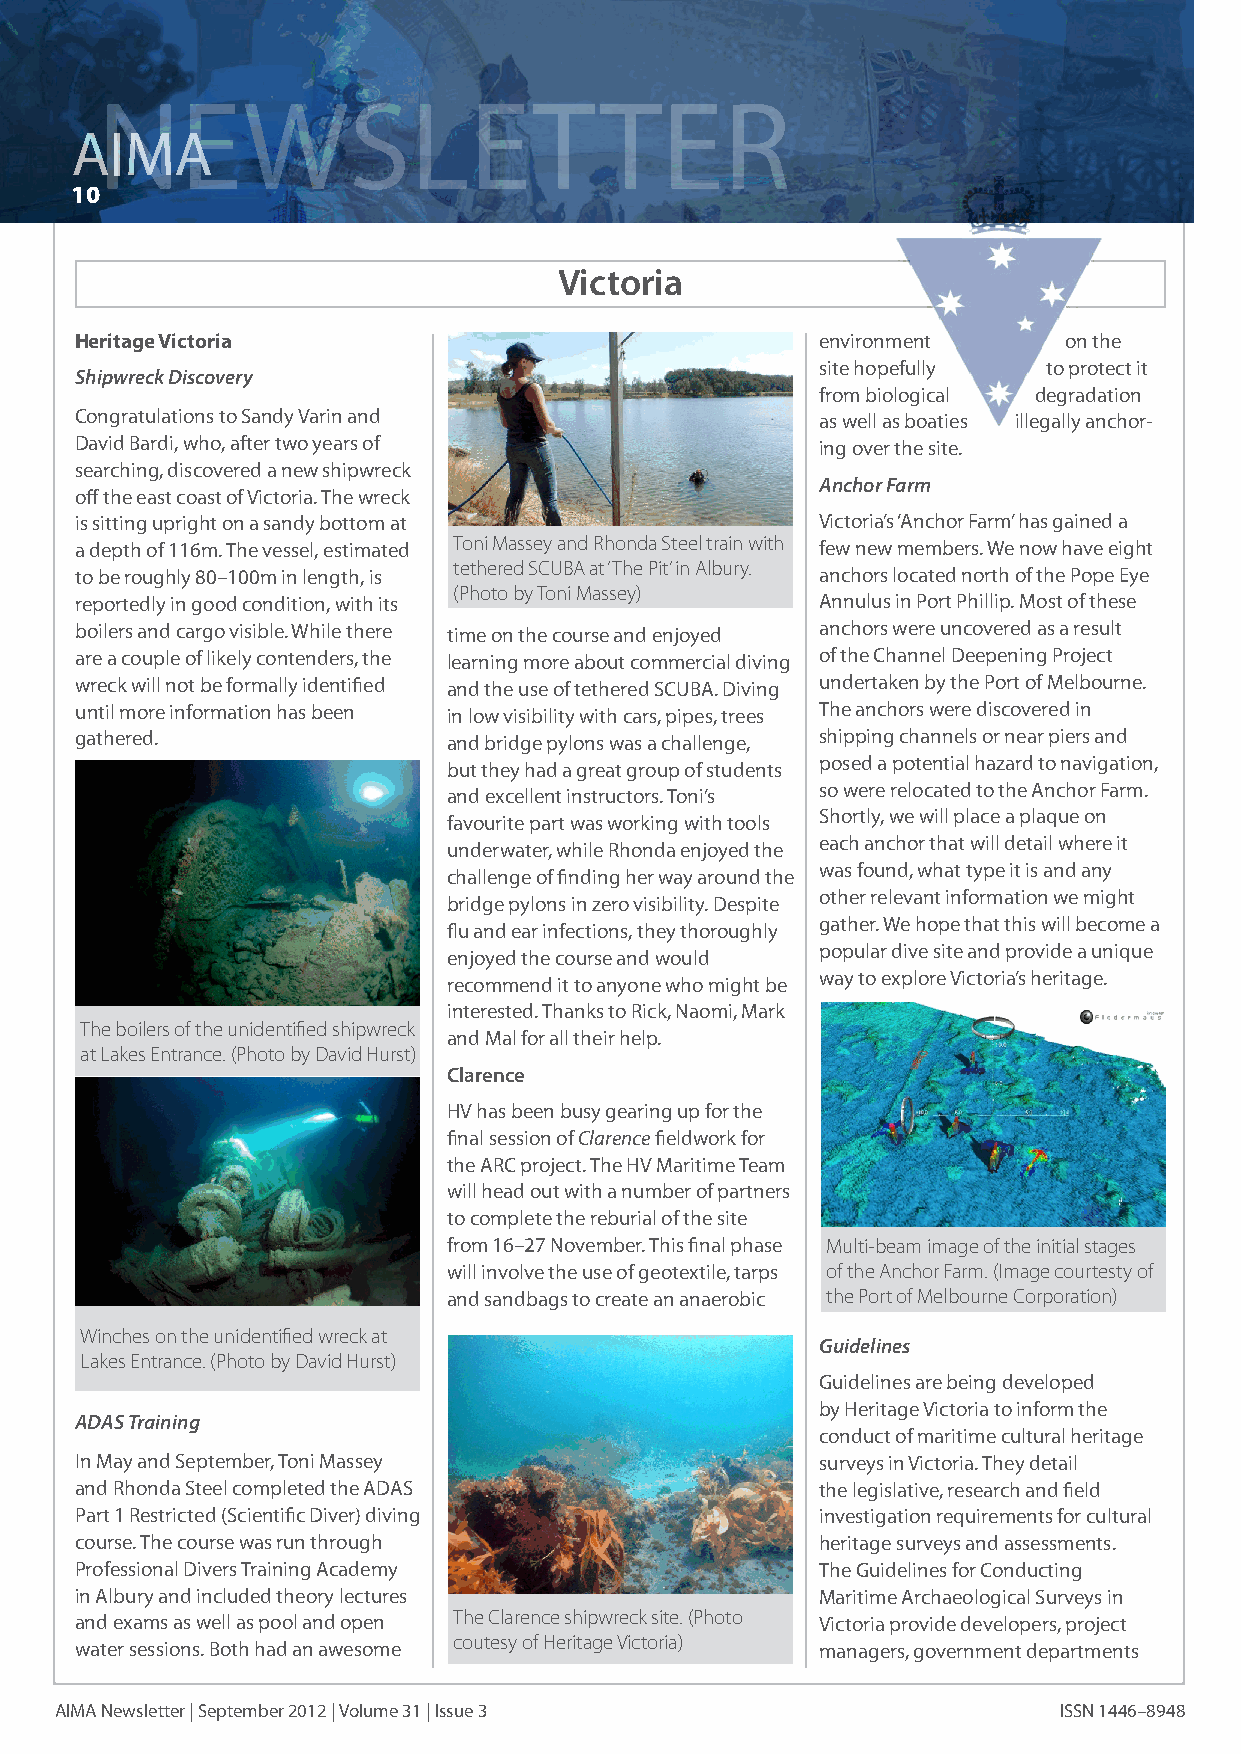
NEWSLETTER
 AIMA
 10
 Victoria
 Heritage Victoria                                environment     on the
 site hopefully to protect it
 Shipwreck Discovery
 from biological degradation
 Congratulations to Sandy Varin and               as well as boaties illegally anchor-
 David Bardi, who, after two years of             ing over the site.
 searching, discovered a new shipwreck
 Anchor Farm
 off the east coast of Victoria. The wreck
 is sitting upright on a sandy bottom at          Victoria’s ‘Anchor Farm’ has gained a
 a depth of 116m. The vessel, estimated Toni Massey and Rhonda Steel train with few new members. We now have eight
 tethered SCUBA at ‘The Pit’ in Albury.
 to be roughly 80–100m in length, is              anchors located north of the Pope Eye
 (Photo by Toni Massey)
 reportedly in good condition, with its           Annulus in Port Phillip. Most of these
 boilers and cargo visible. While there time on the course and enjoyed anchors were uncovered as a result
 are a couple of likely contenders, the learning more about commercial diving of the Channel Deepening Project
 wreck will not be formally identified and the use of tethered SCUBA. Diving undertaken by the Port of Melbourne.
 until more information has been in low visibility with cars, pipes, trees The anchors were discovered in
 gathered.                and bridge pylons was a challenge, shipping channels or near piers and
 posed a potential hazard to navigation,
 but they had a great group of students
 so were relocated to the Anchor Farm.
 and excellent instructors. Toni’s
 Shortly, we will place a plaque on
 favourite part was working with tools
 each anchor that will detail where it
 underwater, while Rhonda enjoyed the
 was found, what type it is and any
 challenge of finding her way around the
 other relevant information we might
 bridge pylons in zero visibility. Despite
 gather. We hope that this will become a
 flu and ear infections, they thoroughly
 popular dive site and provide a unique
 enjoyed the course and would
 way to explore Victoria’s heritage.
 recommend it to anyone who might be
 interested. Thanks to Rick, Naomi, Mark
 The boilers of the unidentified shipwreck
 and Mal for all their help.
 at Lakes Entrance. (Photo by David Hurst)
 Clarence
 HV has been busy gearing up for the
 final session of Clarence fieldwork for
 the ARC project. The HV Maritime Team
 will head out with a number of partners
 to complete the reburial of the site
 from 16–27 November. This final phase Multi-beam image of the initial stages
 will involve the use of geotextile, tarps of the Anchor Farm. (Image courtesty of
 and sandbags to create an anaerobic the Port of Melbourne Corporation)
 Winches on the unidentified wreck at
 Guidelines
 Lakes Entrance. (Photo by David Hurst)
 Guidelines are being developed
 by Heritage Victoria to inform the
 ADAS Training
 conduct of maritime cultural heritage
 In May and September, Toni Massey                surveys in Victoria. They detail
 and Rhonda Steel completed the ADAS              the legislative, research and field
 Part 1 Restricted (Scientific Diver) diving      investigation requirements for cultural
 course. The course was run through               heritage surveys and assessments.
 Professional Divers Training Academy             The Guidelines for Conducting
 in Albury and included theory lectures           Maritime Archaeological Surveys in
 and exams as well as pool and open The Clarence shipwreck site. (Photo Victoria provide developers, project
 coutesy of Heritage Victoria)
 water sessions. Both had an awesome              managers, government departments
 AIMA Newsletter | September 2012 | Volume 31 | Issue 3            ISSN 1446–8948